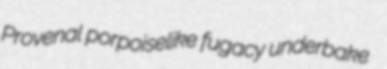
Provenal porpoiselike fugacy underbake